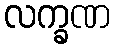
လက္ခဏ